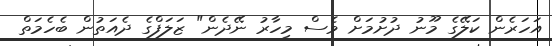
އަހަރެން ކަލޭގެ މޫނު ދުށުމަށް ވެސް މިހާރު ނޭދެން" ޒަލަފްގެ ދެއަތުން ބެހެމަތް